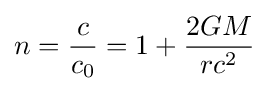
n={\frac {c}{c_{0}}}=1+{\frac {2GM}{rc^{2}}}